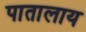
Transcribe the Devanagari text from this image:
पातालाय